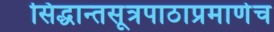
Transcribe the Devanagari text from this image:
सिद्धान्तसूत्रपाठाप्रमाणेच